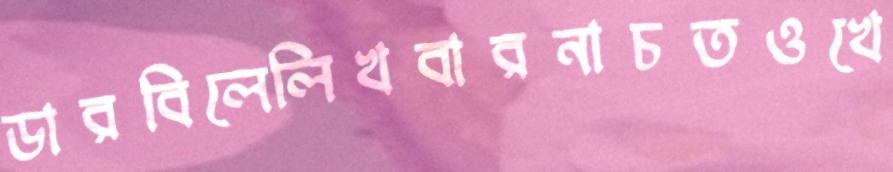
ডারবিলেলিখবারনাচতওখে